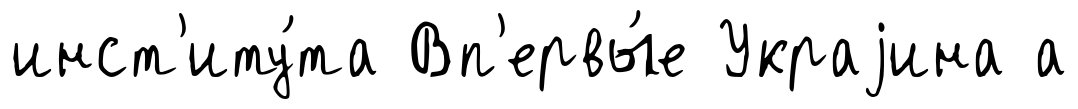
инст'иту́та Вп'ервы́е Украjина а